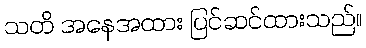
သတိ အနေအထား ပြင်ဆင်ထားသည်။